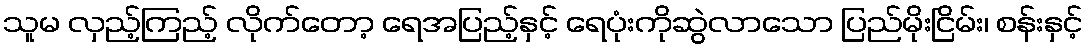
သူမ လှည့်ကြည့် လိုက်တော့ ရေအပြည့်နှင့် ရေပုံးကိုဆွဲလာသော ပြည်မိုးငြိမ်း၊ စန်းနှင့်